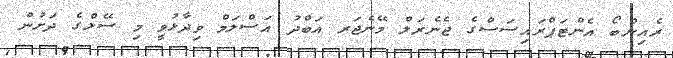
ރެއިންބޯ އެންޓަޕްރައިސަސްގެ ޖެނެރަލް މޭނެޖަރ އަބްދު އަސްލަމް ވިދާޅުވީ މި ސޭލްގެ ދަށުން